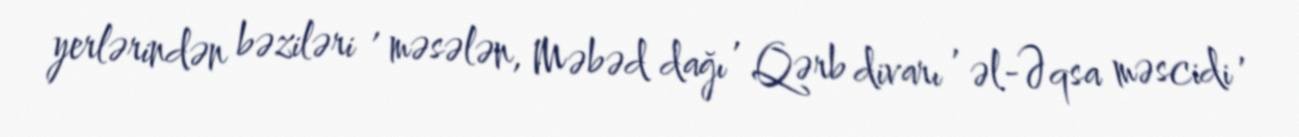
yerlərindən bəziləri , məsələn, Məbəd dağı , Qərb divarı , əl-Əqsa məscidi ,